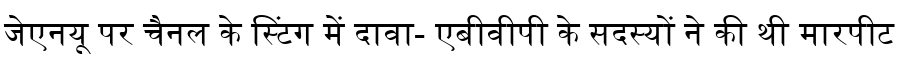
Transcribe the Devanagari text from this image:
जेएनयू पर चैनल के स्टिंग में दावा- एबीवीपी के सदस्यों ने की थी मारपीट